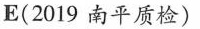
E(2019 南平质检)